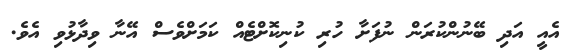
އެއީ އަދި ބޭނުންކުރަން ނުފަށާ ހުރި ކުނިކޮށްޓެއް ކަމަށްވެސް އޭނާ ވިދާޅުވި އެވެ.